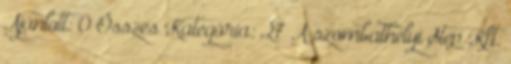
Ajánlott: 0 Összes Kategória: 27 A szombathelyi Step Kft.